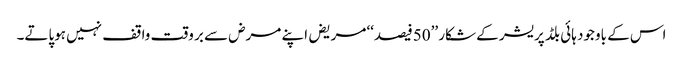
اس کے باوجود ہائی بلڈ پریشر کے شکار ’’50فیصد‘‘ مریض اپنے مرض سے بر وقت واقف نہیں ہوپاتے۔